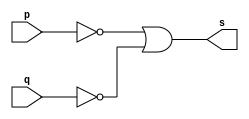
// Exercicio 04 - NAND
// Nome: Victor Raphael Machado de Amorim
// -------------------------

// -------------------------
// -- nand gate
// -------------------------
module nandgate (output s, input p, input q);
	assign s = (~p | ~q);
	
endmodule // nandgate

// -------------------------
// -- test nandgate
// -------------------------
module testnandgate;
// ------------------------- dados locais
	reg a, b; // definir registrador
				// (variavel independente)
	wire s; // definir conexao (fio)
				// (variavel dependente )
// ------------------------- instancia
	nandgate NAND1 (s, a, b);
// ------------------------- preparacao
	initial begin:start
					// atribuicao simultanea
					// dos valores iniciais
	 a=0; b=0;
	end
// ------------------------- parte principal
 initial begin:main
		// execucao unitaria
	$display("Exercicio 01 - Victor Raphael Machado de Amorim - 420147");
	$display("Test NAND gate:");
	$display("\na = s\n");
	 a=0;b=0;
#1 $display("%b & %b = %b", a, b, s);
	 a=0; b=1;
#1 $display("%b & %b = %b", a, b, s);
	 a=1; b=0;
#1 $display("%b & %b = %b", a, b, s);
	 a=1; b=1;
#1 $display("%b & %b = %b", a, b, s);

 end
 
endmodule // testnandgate